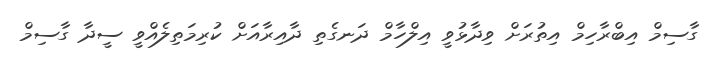
ގާސިމް އިބްރާހިމް އިތުރަށް ވިދާޅުވީ އިލްހާމް ދަނގެތި ދާއިރާއަށް ކުރިމަތިލެއްވީ ސީދާ ގާސިމް